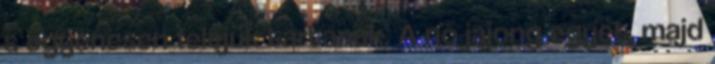
s egyenesen feléjük tartanak. A nő jajong egyet, majd